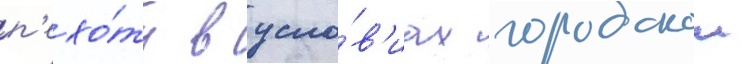
п'ехо́ты в усло́в'иах городскои